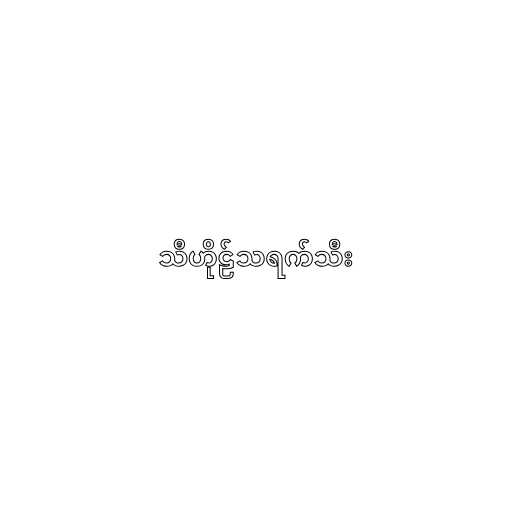
သီဟိုဠ်သရက်သီး